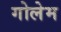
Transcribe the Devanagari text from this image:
गोलेम